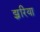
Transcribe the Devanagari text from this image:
झ्ररिया